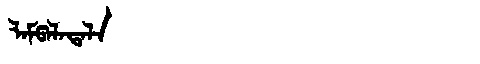
Manchu: ᠯᠠᠮᡦᠠᠯᠠᡨᠠᠯᠠ
Romanization: LAMPALATALA